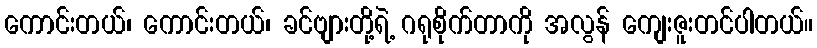
ကောင်းတယ်၊ ကောင်းတယ်၊ ခင်ဗျားတို့ရဲ့ ဂရုစိုက်တာကို အလွန် ကျေးဇူးတင်ပါတယ်။